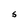
Character: s